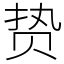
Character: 贽